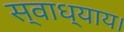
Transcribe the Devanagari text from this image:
स्वाध्याय।